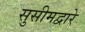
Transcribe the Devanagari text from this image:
सुसीमद्वारे